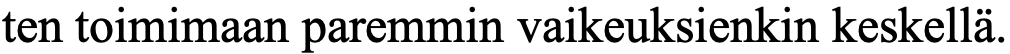
ten toimimaan paremmin vaikeuksienkin keskellä.